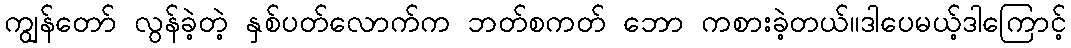
ကျွန်တော် လွန်ခဲ့တဲ့ နှစ်ပတ်လောက်က ဘတ်စကတ် ဘော ကစားခဲ့တယ်။ဒါပေမယ့်ဒါကြောင့်